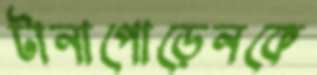
টানাপোড়েনকে